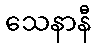
သေနာနီ